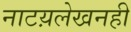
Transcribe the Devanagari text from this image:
नाटय़लेखनही